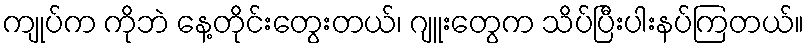
ကျုပ်က ကိုဘဲ နေ့တိုင်းတွေးတယ်၊ ဂျူးတွေက သိပ်ပြီးပါးနပ်ကြတယ်။